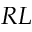
R L